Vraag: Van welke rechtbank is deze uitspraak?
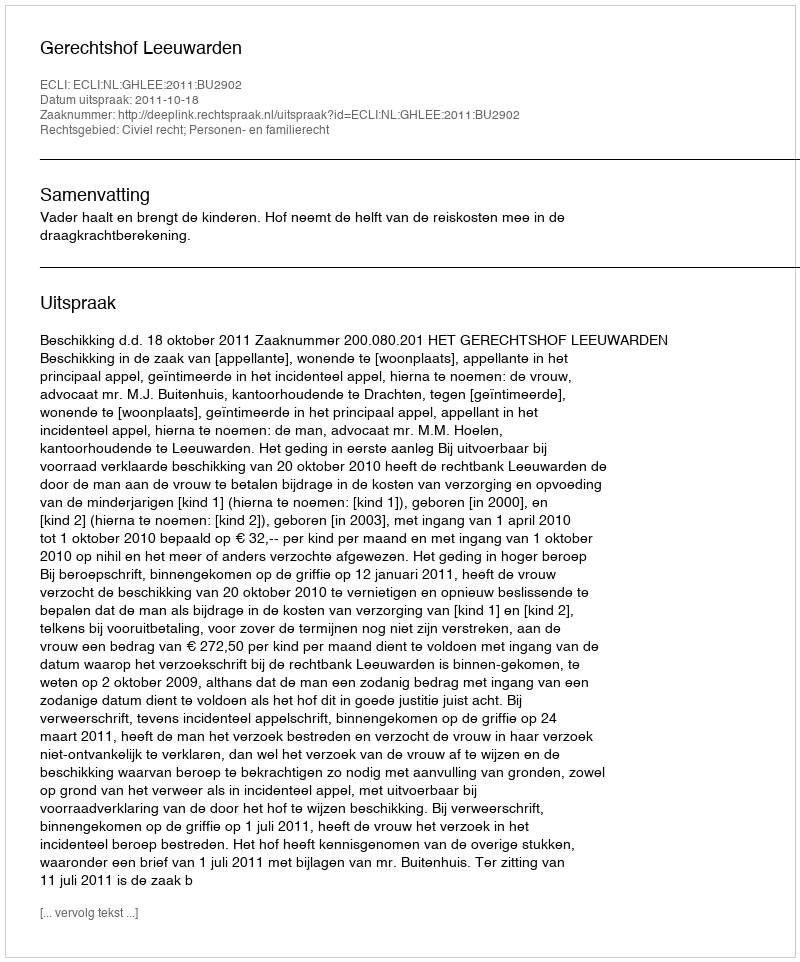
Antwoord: Gerechtshof Leeuwarden